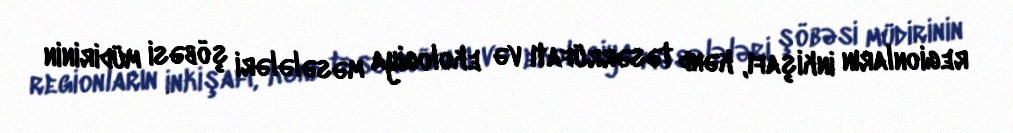
regionların inkişafı, kənd təsərrüfatı və ekologiya məsələləri şöbəsi müdirinin